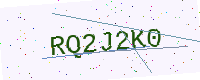
Text: RQ2J2K0